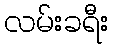
လမ်းခရီး